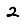
Digit: 2